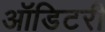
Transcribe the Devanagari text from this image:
ऑडिटरी